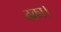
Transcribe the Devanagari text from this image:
ढका।